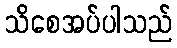
သိစေအပ်ပါသည်